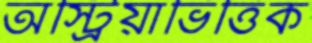
অস্ট্রিয়াভিত্তিক